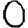
Digit: 0